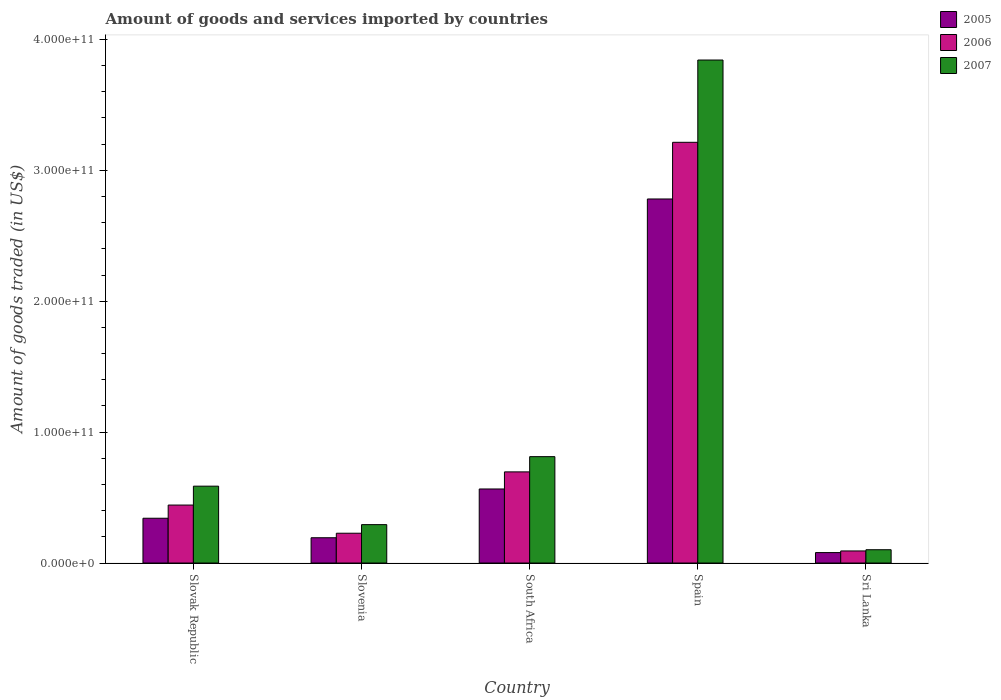
| Country | 2005 | 2006 | 2007 |
 | --- | --- | --- | --- |
 | Slovak Republic | 3.42e+10 | 4.43e+10 | 5.87e+10 |
 | Slovenia | 1.93e+10 | 2.28e+10 | 2.93e+10 |
 | South Africa | 5.66e+10 | 6.96e+10 | 8.13e+10 |
 | Spain | 2.78e+11 | 3.21e+11 | 3.84e+11 |
 | Sri Lanka | 7.98e+09 | 9.23e+09 | 1.02e+10 |